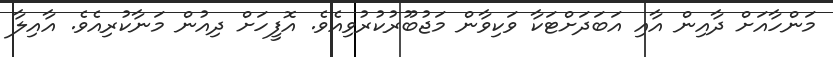
މަންހާއަށް ދާއިން އާއި އަބަދަށްޓަކާ ވަކިވާން މަޖުބޫރުކުރުވިއެވެ. އޮފީހަށް ދިއުން މަނާކުރިއެވެ. އާއިލާ